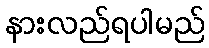
နားလည်ရပါမည်